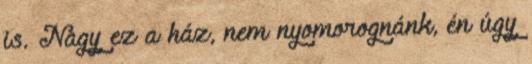
is. Nagy ez a ház, nem nyomorognánk, én úgy